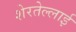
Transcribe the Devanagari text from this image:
शेरतेल्लाई